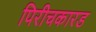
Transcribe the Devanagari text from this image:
पिरीचकारड